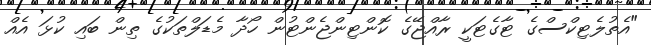
"އެތުލެޓިކްސްގެ ޓާގެޓަކީ ރާއްޖޭގެ ކޮންޓިންޖެންޓުން ހޯދާ މެޑަލްތަކުގެ ތިން ބައި ކުޅަ އެއް